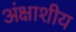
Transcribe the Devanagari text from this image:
अंक्षाशीय